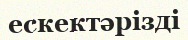
ескектәрізді